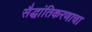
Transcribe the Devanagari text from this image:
सैद्धांतिकरणाचा